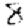
Digit: 8